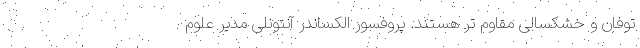
توفان و خشکسالی مقاوم تر هستند. پروفسور الکساندر آنتونلی مدیر علوم